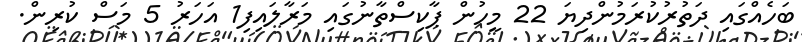
ބަހެއްގައި ދަތުރުކުރަމުންދިޔަ 22 މީހުން ޕާކިސްތާނުގައި މަރާލައިފި1 އަހަރު 5 މަސް ކުރިން.